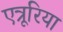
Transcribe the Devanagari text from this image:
एत्रूरिया